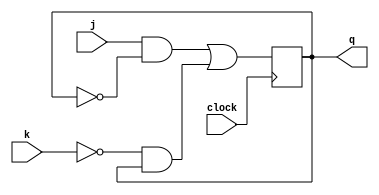
module JKFlipFlop(j,k,clock, q);
	input j,k, clock;
	output q;
	reg q;
	initial
	q=0;
	
	always @ (posedge clock)
	begin
		q <= (j & ~q) | (~k & q);
	end
endmodule

// for JK flip flop
/*module Testing;
	reg j,k, clk, rst;
	wire q;
	JKFlipFlop jk (j,k, clk, q);
	
	always @(posedge clk)begin
		$display("j=%b, k=%b, clk=%b, q=%b\n", j,k, clk, q);
	end

	initial begin
	repeat(20)
	begin
		#5 clk=0;
		#5 clk=1;
	end
	end
	initial begin
		#0 j=1'b0; k=1'b0;
		#10 j=1'b0;k=1'b1; 
		#20 j=1'b1;k=1'b0; 
		#30 j=1'b1; k=1'b1; 
	end
endmodule*/

module synchronous_counter(clock,q0,q1,q2,q3);
	input clock;
	output q0,q1,q2,q3;
	wire a,b;
	JKFlipFlop jk1 (1'b1,1'b1, clock, q0);
	JKFlipFlop jk2 (q0,q0, clock, q1);
	and(a,q0,q1);
	JKFlipFlop jk3 (a,a, clock, q2);
	and(b,q2,a);
	JKFlipFlop jk4 (b,b, clock, q3);
endmodule
	
module test;
	reg clock;
	wire q0,q1,q2,q3;
	synchronous_counter sq(clock,q0,q1,q2,q3);
	
	always @(posedge clock)begin
		$display("%b%b%b%b",q3,q2,q1,q0);
	end
	
	initial begin
	repeat(16)
	begin
		#5 clock=0;
		#5 clock=1;
	end
	end
endmodule